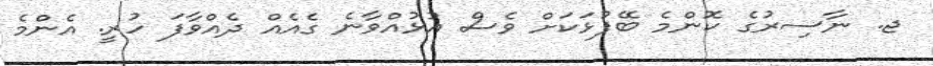
ޖ. ނާސިރުގެ ކޮންމެ ބޭފުޅަކަށް ވެސް އުޅުއްވާނެ ގެއެއް ދެއްވާފަ ހުރީ. އެންމެ